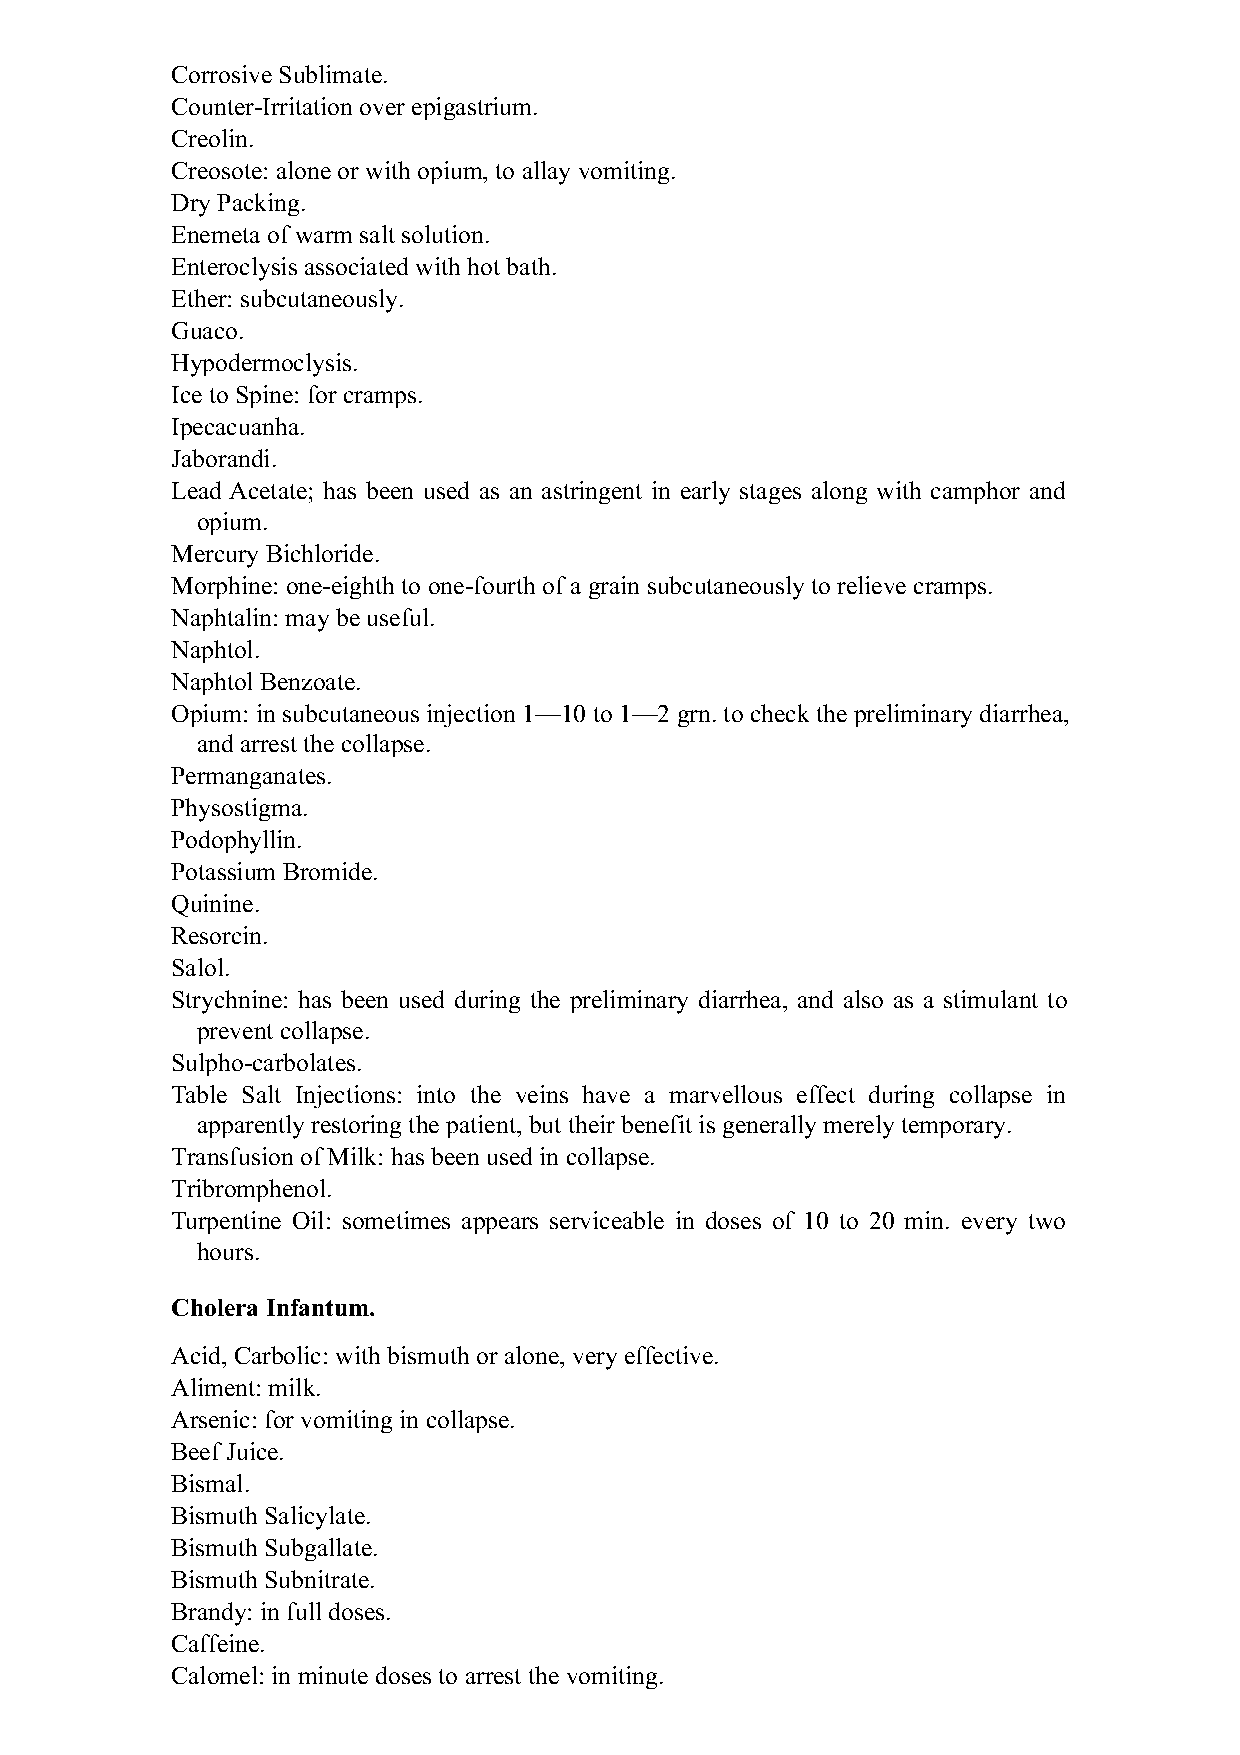
Corrosive Sublimate.
 Counter-Irritation over epigastrium.
 Creolin.
 Creosote: alone or with opium, to allay vomiting.
 Dry Packing.
 Enemeta of warm salt solution.
 Enteroclysis associated with hot bath.
 Ether: subcutaneously.
 Guaco.
 Hypodermoclysis.
 Ice to Spine: for cramps.
 Ipecacuanha.
 Jaborandi.
 Lead Acetate; has been used as an astringent in early stages along with camphor and
 opium.
 Mercury Bichloride.
 Morphine: one-eighth to one-fourth of a grain subcutaneously to relieve cramps.
 Naphtalin: may be useful.
 Naphtol.
 Naphtol Benzoate.
 Opium: in subcutaneous injection 1—10 to 1—2 grn. to check the preliminary diarrhea,
 and arrest the collapse.
 Permanganates.
 Physostigma.
 Podophyllin.
 Potassium Bromide.
 Quinine.
 Resorcin.
 Salol.
 Strychnine: has been used during the preliminary diarrhea, and also as a stimulant to
 prevent collapse.
 Sulpho-carbolates.
 Table Salt Injections: into the veins have a marvellous effect during collapse in
 apparently restoring the patient, but their benefit is generally merely temporary.
 Transfusion of Milk: has been used in collapse.
 Tribromphenol.
 Turpentine Oil: sometimes appears serviceable in doses of 10 to 20 min. every two
 hours.
 Cholera Infantum.
 Acid, Carbolic: with bismuth or alone, very effective.
 Aliment: milk.
 Arsenic: for vomiting in collapse.
 Beef Juice.
 Bismal.
 Bismuth Salicylate.
 Bismuth Subgallate.
 Bismuth Subnitrate.
 Brandy: in full doses.
 Caffeine.
 Calomel: in minute doses to arrest the vomiting.